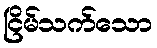
ငြိမ်သက်သော